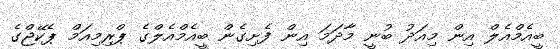
ބީއެމްއެލް އިން މިއަދު ބުނީ މާދަމަ އިން ފެށިގެން ބީއެމްއެލްގެ ޕްރިމިއަމް ޕެކޭޖްގެ